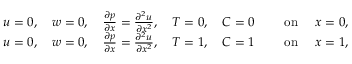
\begin{array} { r l } { u = 0 , \quad w = 0 , \quad \frac { \partial p } { \partial x } = \frac { \partial ^ { 2 } u } { \partial x ^ { 2 } } , \quad T = 0 , \quad C = 0 } & { \quad \mathrm { ~ o n ~ } \quad x = 0 , } \\ { u = 0 , \quad w = 0 , \quad \frac { \partial p } { \partial x } = \frac { \partial ^ { 2 } u } { \partial x ^ { 2 } } , \quad T = 1 , \quad C = 1 } & { \quad \mathrm { ~ o n ~ } \quad x = 1 , } \end{array}